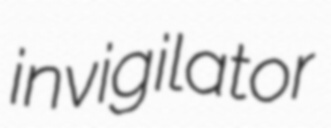
invigilator